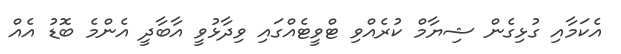
އެކަމާއި ގުޅިގެން ޝިޔާމް ކުރެއްވި ޓްވީޓެއްގައި ވިދާޅުވީ އާބާދީ އެންމެ ބޮޑު އެއް